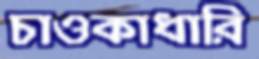
চাওকাধারি